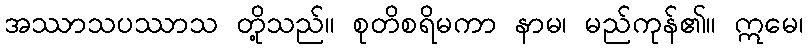
အဿာသပဿာသ တို့သည်။ စုတိစရိမကာ နာမ၊ မည်ကုန်၏။ ဣမေ၊